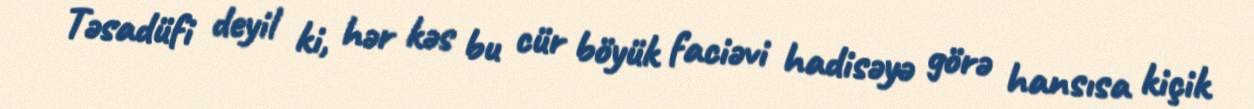
Təsadüfi deyil ki, hər kəs bu cür böyük faciəvi hadisəyə görə hansısa kiçik